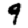
Digit: 9